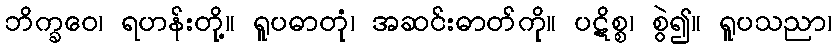
ဘိက္ခဝေ၊ ရဟန်းတို့။ ရူပဓာတုံ၊ အဆင်းဓာတ်ကို။ ပဋိစ္စ၊ စွဲ၍။ ရူပသညာ၊